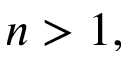
n > 1 ,